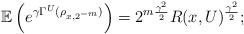
LaTeX: \begin{align*}\mathbb{E}\left(e^{\gamma \Gamma^U(\rho_{x,2^{-m}})}\right)=2^{m\frac{\gamma^2}{2}}R(x,U)^{\frac{\gamma^2}{2}};\end{align*}